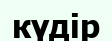
күдір